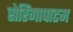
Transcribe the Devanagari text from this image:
सेरिंगापाटम